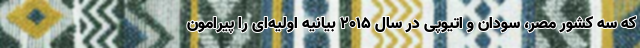
که سه کشور مصر، سودان و اتیوپی در سال ۲۰۱۵ بیانیه اولیه‌ای را پیرامون